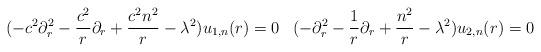
LaTeX: \begin{align*} (-c^2\partial_r^2-\frac{c^2}{r}\partial_r+\frac{c^2n^2}{r}-\lambda^2)u_{1,n}(r)&=0&(-\partial_r^2-\frac{1}{r}\partial_r+\frac{n^2}{r}-\lambda^2)u_{2,n}(r)&=0\end{align*}